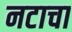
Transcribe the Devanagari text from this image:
नटाचा